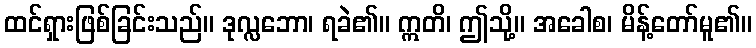
ထင်ရှားဖြစ်ခြင်းသည်။ ဒုလ္လဘော၊ ရခဲ၏။ ဣတိ၊ ဤသို့။ အခေါစ၊ မိန့်တော်မူ၏။